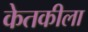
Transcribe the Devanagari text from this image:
केतकीला